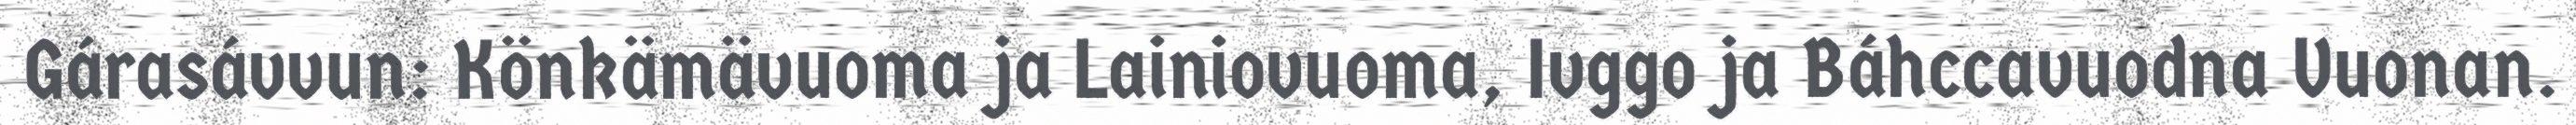
Gárasávvun: Könkämävuoma ja Lainiovuoma, Ivggo ja Báhccavuodna Vuonan.